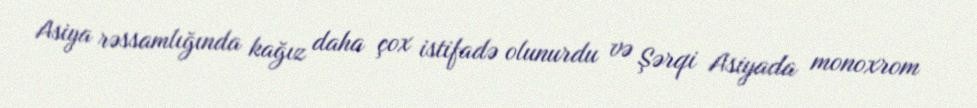
Asiya rəssamlığında kağız daha çox istifadə olunurdu və Şərqi Asiyada monoxrom